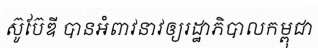
ស៊ូប៊ែឌី បានអំពាវនាវឲ្យរដ្ឋាភិបាលកម្ពុជា